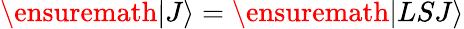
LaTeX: \ensuremath{\left|{J}\right\rangle}=\ensuremath{\left|{LSJ}\right\rangle}